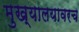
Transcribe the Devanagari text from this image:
मुख्यालयावरच